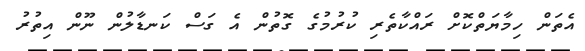
އެތަން ހިމާޔަތްކޮށް ރައްކާތެރި ކުރުމުގެ ގޮތުން އެ ގަސް ކަނޑާލުން ނޫން އިތުރު